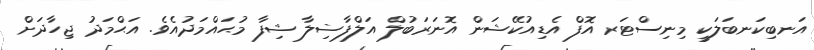
އަނބިކަނބަލަކީ މިނިސްޓަރ އޮފް އެޑިއުކޭޝަން އޮނަރަބުލް އަލްފާޟިލާ ޝިފާ މުޙައްމަދުއެވެ. އަޙްމަދު ޖިހާދަށް